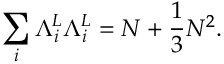
\sum _ { i } { \Lambda } _ { i } ^ { L } { \Lambda } _ { i } ^ { L } = N + \frac { 1 } { 3 } N ^ { 2 } .